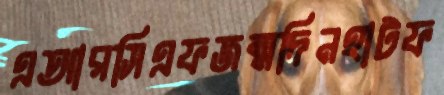
এআরসিএফজন্মদিনহাটফ